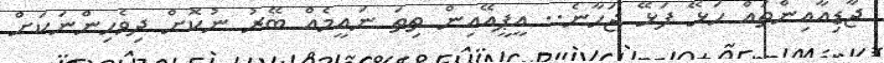
ޖާޑިއާއިންތައް ހަޅޭ ފަޅޭ ޖަހާނެ.. އީޕީއޭއިން ތިތަ ނައީމެއް ބޭރު ނުކޮށް ދިވެހިންނަކަށް